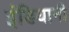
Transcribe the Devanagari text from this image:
इंडियानी